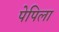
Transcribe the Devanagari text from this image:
पेपिला